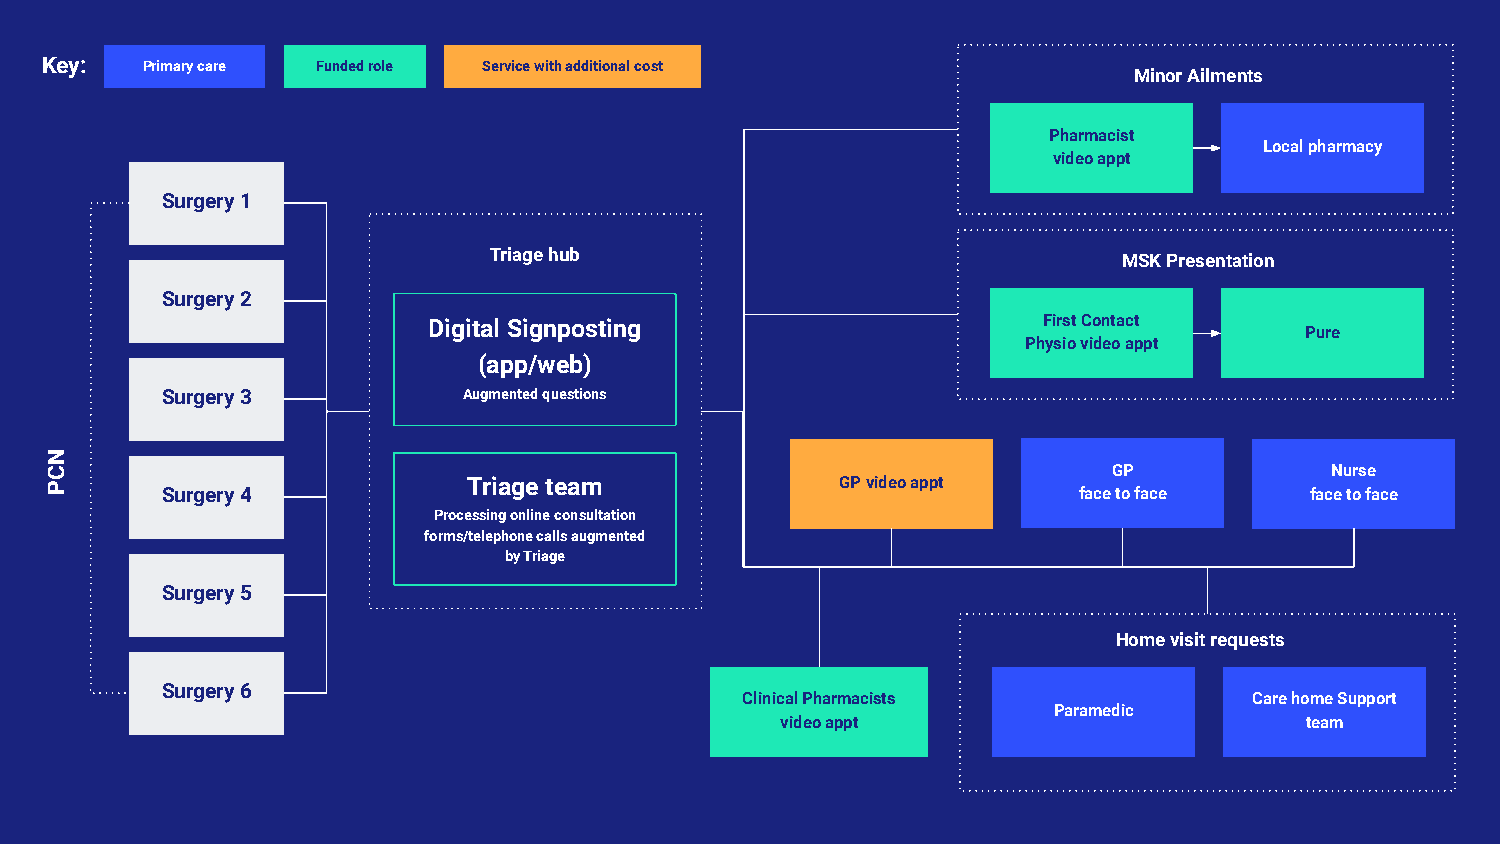
Key:  Primary care Funded role Service with additional cost
 Minor Ailments
 Pharmacist
 Local pharmacy
 video appt
 Surgery 1
 Triage hub                                MSK Presentation
 Surgery 2
 Digital Signposting                      First Contact
 Pure
 Physio video appt
 (app/web)
 Surgery 3           Augmented questions
 GP            Nurse
 Triage team              GP video appt
 Surgery 4                                                   face to face    face to face
 Processing online consultation
 forms/telephone calls augmented
 by Triage
 Surgery 5
 Home visit requests
 Surgery 6
 Clinical Pharmacists              Care home Support
 Paramedic
 video appt                        team
 NCP